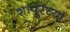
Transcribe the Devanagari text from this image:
शापूरच्या